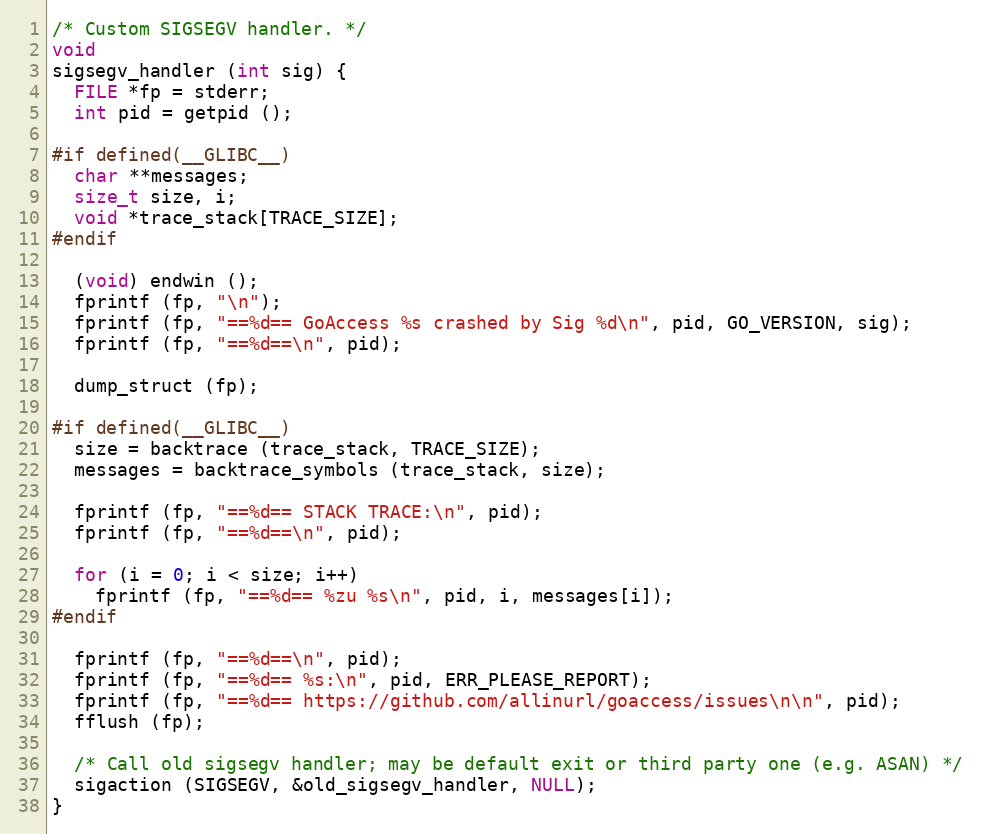
Language: C
/* Custom SIGSEGV handler. */
void
sigsegv_handler (int sig) {
  FILE *fp = stderr;
  int pid = getpid ();

#if defined(__GLIBC__)
  char **messages;
  size_t size, i;
  void *trace_stack[TRACE_SIZE];
#endif

  (void) endwin ();
  fprintf (fp, "\n");
  fprintf (fp, "==%d== GoAccess %s crashed by Sig %d\n", pid, GO_VERSION, sig);
  fprintf (fp, "==%d==\n", pid);

  dump_struct (fp);

#if defined(__GLIBC__)
  size = backtrace (trace_stack, TRACE_SIZE);
  messages = backtrace_symbols (trace_stack, size);

  fprintf (fp, "==%d== STACK TRACE:\n", pid);
  fprintf (fp, "==%d==\n", pid);

  for (i = 0; i < size; i++)
    fprintf (fp, "==%d== %zu %s\n", pid, i, messages[i]);
#endif

  fprintf (fp, "==%d==\n", pid);
  fprintf (fp, "==%d== %s:\n", pid, ERR_PLEASE_REPORT);
  fprintf (fp, "==%d== https://github.com/allinurl/goaccess/issues\n\n", pid);
  fflush (fp);

  /* Call old sigsegv handler; may be default exit or third party one (e.g. ASAN) */
  sigaction (SIGSEGV, &old_sigsegv_handler, NULL);
}